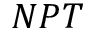
N P T